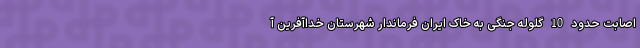
اصابت حدود 10 گلوله جنگی به خاک ایران فرماندار شهرستان خداآفرین آ